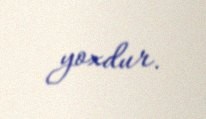
yoxdur.